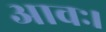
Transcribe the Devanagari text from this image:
आवः।